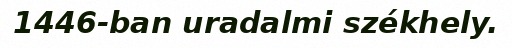
1446-ban uradalmi székhely.